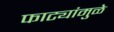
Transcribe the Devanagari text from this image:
फाट्यांमुळे